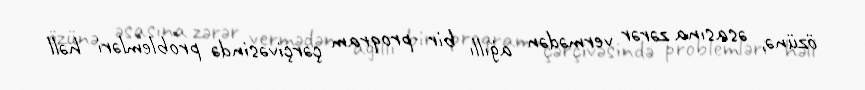
özünə, əsasına zərər vermədən ağıllı bir proqram çərçivəsində problemləri həll